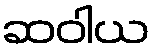
ဆဝါယ